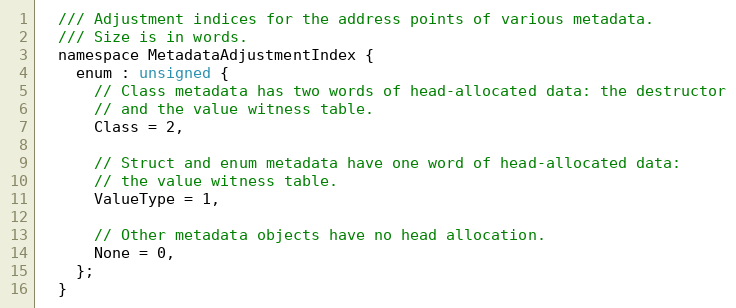
Language: C
  /// Adjustment indices for the address points of various metadata.
  /// Size is in words.
  namespace MetadataAdjustmentIndex {
    enum : unsigned {
      // Class metadata has two words of head-allocated data: the destructor
      // and the value witness table.
      Class = 2,

      // Struct and enum metadata have one word of head-allocated data:
      // the value witness table.
      ValueType = 1,

      // Other metadata objects have no head allocation.
      None = 0,
    };
  }